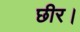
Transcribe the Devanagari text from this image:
छीर।